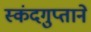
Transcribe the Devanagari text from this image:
स्कंदगुप्ताने